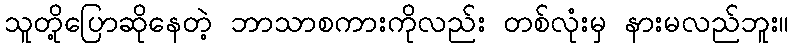
သူတို့ပြောဆိုနေတဲ့ ဘာသာစကားကိုလည်း တစ်လုံးမှ နားမလည်ဘူး။